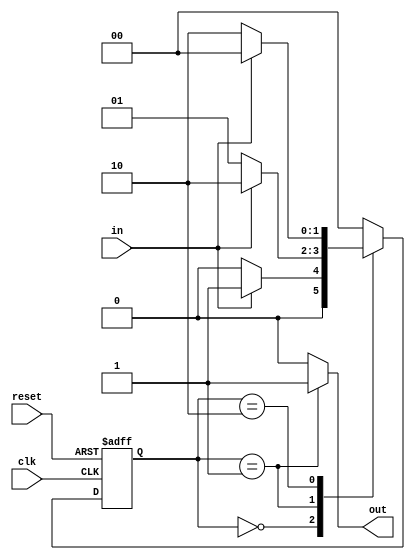
module moore_state_machine (
  input clk,
  input reset,
  input in,
  output reg out
);

// Define states
parameter STATE_A = 2'b00;
parameter STATE_B = 2'b01;
parameter STATE_C = 2'b10;

reg [1:0] state_reg;
reg [1:0] next_state;
reg out_reg;

always @ (posedge clk or posedge reset) begin
  if (reset) begin
    state_reg <= STATE_A;
    out_reg <= 1'b0;
  end else begin
    state_reg <= next_state;
    out_reg <= out;
  end
end

always @* begin
  case (state_reg)
    STATE_A: begin
      next_state = in ? STATE_B : STATE_A;
      out = 1'b0;
    end
    STATE_B: begin
      next_state = in ? STATE_C : STATE_B;
      out = 1'b1;
    end
    STATE_C: begin
      next_state = in ? STATE_A : STATE_C;
      out = 1'b0;
    end
    default: begin
      next_state = STATE_A;
      out = 1'b0;
    end
  endcase
end

endmodule